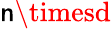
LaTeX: \mathsf{n}\timesd